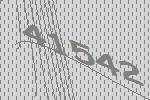
41542